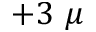
+ 3 ~ \mu